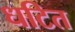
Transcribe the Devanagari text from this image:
धटित